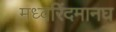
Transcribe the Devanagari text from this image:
मध्वरिंदमानघ